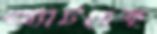
অ্যাটসেক